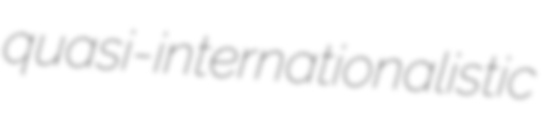
quasi-internationalistic